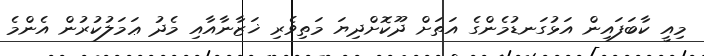
މިއީ ކާބަފައިން އަޅުގަނޑުމެންގެ އަތަށް ދޫކޮށްދިޔަ މަތިވެރި ޚަޒާނާއާއި މެދު ޢަމަލުކުރުން އެންމެ